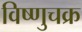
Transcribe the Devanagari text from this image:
विष्णुचक्र